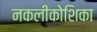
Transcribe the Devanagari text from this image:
नकलीकोशिका